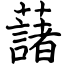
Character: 藷